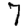
Digit: 7